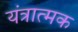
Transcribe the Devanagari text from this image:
यंत्रात्मक